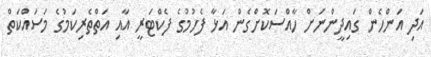
އަދި އަންހެން ގައިދީންނަށް ހާއްސަކޮށްގެން އަޅާ ފެހުމުގެ ފެކްޓަރީ އާއި އަތްތެރިކަމުގެ މަސައްކަތް